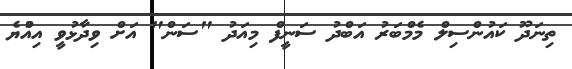
ތިނަދޫ ކައުންސިލް މެމްބަރު އަބްދު ސަނީފް މިއަދު "ސަން" އަށް ވިދާޅުވީ އިއްުޔެ